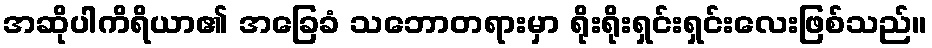
အဆိုပါကိရိယာ၏ အခြေခံ သဘောတရားမှာ ရိုးရိုးရှင်းရှင်းလေးဖြစ်သည်။